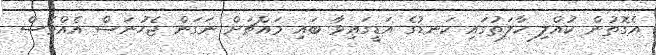
އެގޮތުން ކުއްލި ހާލަތުގައި ކަނޑުގެ އަޑީގައިވާ ބައި މައްޗަށް ނަގަން ޖެހުނަސް އެއްވެސް